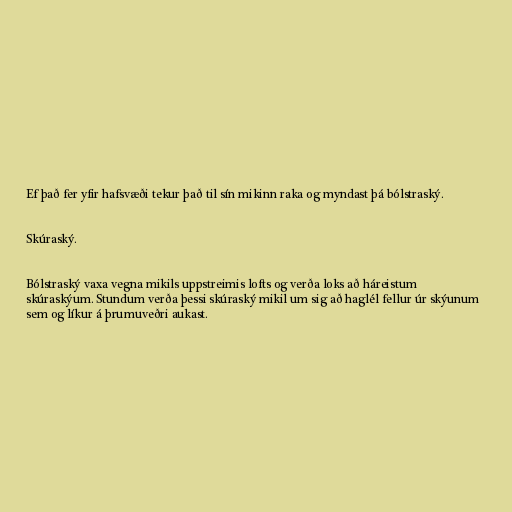
Ef það fer yfir hafsvæði tekur það til sín mikinn raka og myndast þá bólstraský.

Skúraský.

Bólstraský vaxa vegna mikils uppstreimis lofts og verða loks að háreistum
skúraskýum. Stundum verða þessi skúraský mikil um sig að haglél fellur úr skýunum
sem og líkur á þrumuveðri aukast.